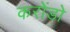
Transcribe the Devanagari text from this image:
करोंडो